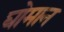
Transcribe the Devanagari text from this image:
घोमान